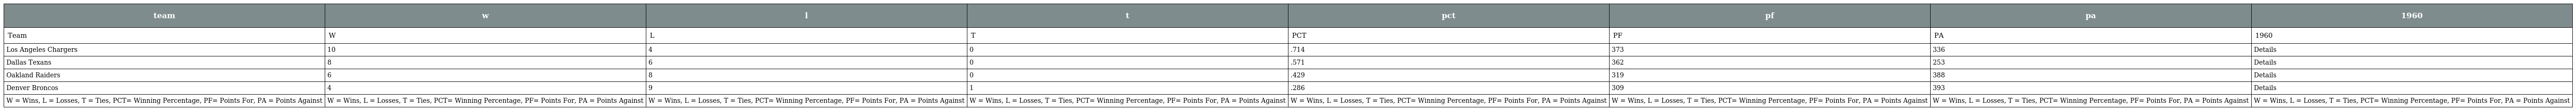
| team | w | l | t | pct | pf | pa | 1960 |
 | --- | --- | --- | --- | --- | --- | --- | --- |
 | Team | W | L | T | PCT | PF | PA | 1960 |
 | Los Angeles Chargers | 10 | 4 | 0 | .714 | 373 | 336 | Details |
 | Dallas Texans | 8 | 6 | 0 | .571 | 362 | 253 | Details |
 | Oakland Raiders | 6 | 8 | 0 | .429 | 319 | 388 | Details |
 | Denver Broncos | 4 | 9 | 1 | .286 | 309 | 393 | Details |
 | W = Wins, L = Losses, T = Ties, PCT= Winning Percentage, PF= Points For, PA = Points Against | W = Wins, L = Losses, T = Ties, PCT= Winning Percentage, PF= Points For, PA = Points Against | W = Wins, L = Losses, T = Ties, PCT= Winning Percentage, PF= Points For, PA = Points Against | W = Wins, L = Losses, T = Ties, PCT= Winning Percentage, PF= Points For, PA = Points Against | W = Wins, L = Losses, T = Ties, PCT= Winning Percentage, PF= Points For, PA = Points Against | W = Wins, L = Losses, T = Ties, PCT= Winning Percentage, PF= Points For, PA = Points Against | W = Wins, L = Losses, T = Ties, PCT= Winning Percentage, PF= Points For, PA = Points Against | W = Wins, L = Losses, T = Ties, PCT= Winning Percentage, PF= Points For, PA = Points Against |